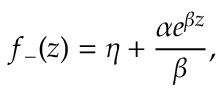
f _ { - } ( z ) = \eta + \frac { \alpha e ^ { \beta z } } { \beta } ,